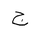
Letter: _gim